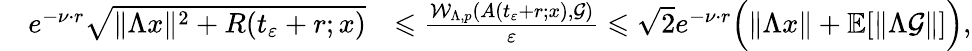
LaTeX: \begin{array}{rl}{\quad e^{-\nu\cdot r}\sqrt{\| \Lambda x\| ^{2}+R(t_{\varepsilon}+r;x)}}&{\leqslant\frac{\mathcal{W}_{\Lambda,p}(A(t_{\varepsilon}+r;x),\mathcal{G})}{\varepsilon}\leqslant{\sqrt{2}}e^{-\nu\cdot r}\Big(\| \Lambda x\| +\mathbb{E}[\| \Lambda\mathcal{G}\| ]\Big),}\end{array}